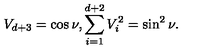
V _ { d + 3 } = \cos \nu , \sum _ { i = 1 } ^ { d + 2 } V _ { i } ^ { 2 } = \sin ^ { 2 } \nu .